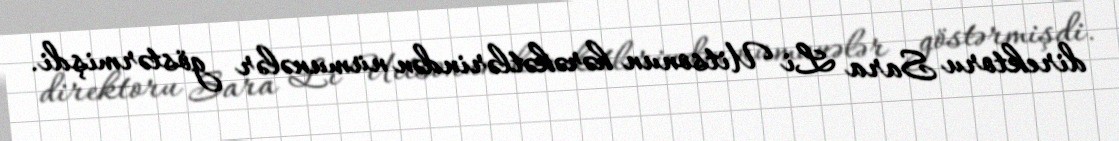
direktoru Sara Li Uitsonun hərəkətlərindən nümunələr göstərmişdi.